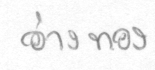
อ่างทอง